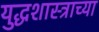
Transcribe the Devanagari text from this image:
युद्धशास्त्राच्या